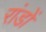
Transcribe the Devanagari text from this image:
रांडों